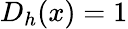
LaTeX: D_{h}(x)=1